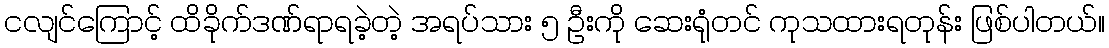
ငလျင်ကြောင့် ထိခိုက်ဒဏ်ရာရခဲ့တဲ့ အရပ်သား ၅ ဦးကို ဆေးရုံတင် ကုသထားရတုန်း ဖြစ်ပါတယ်။